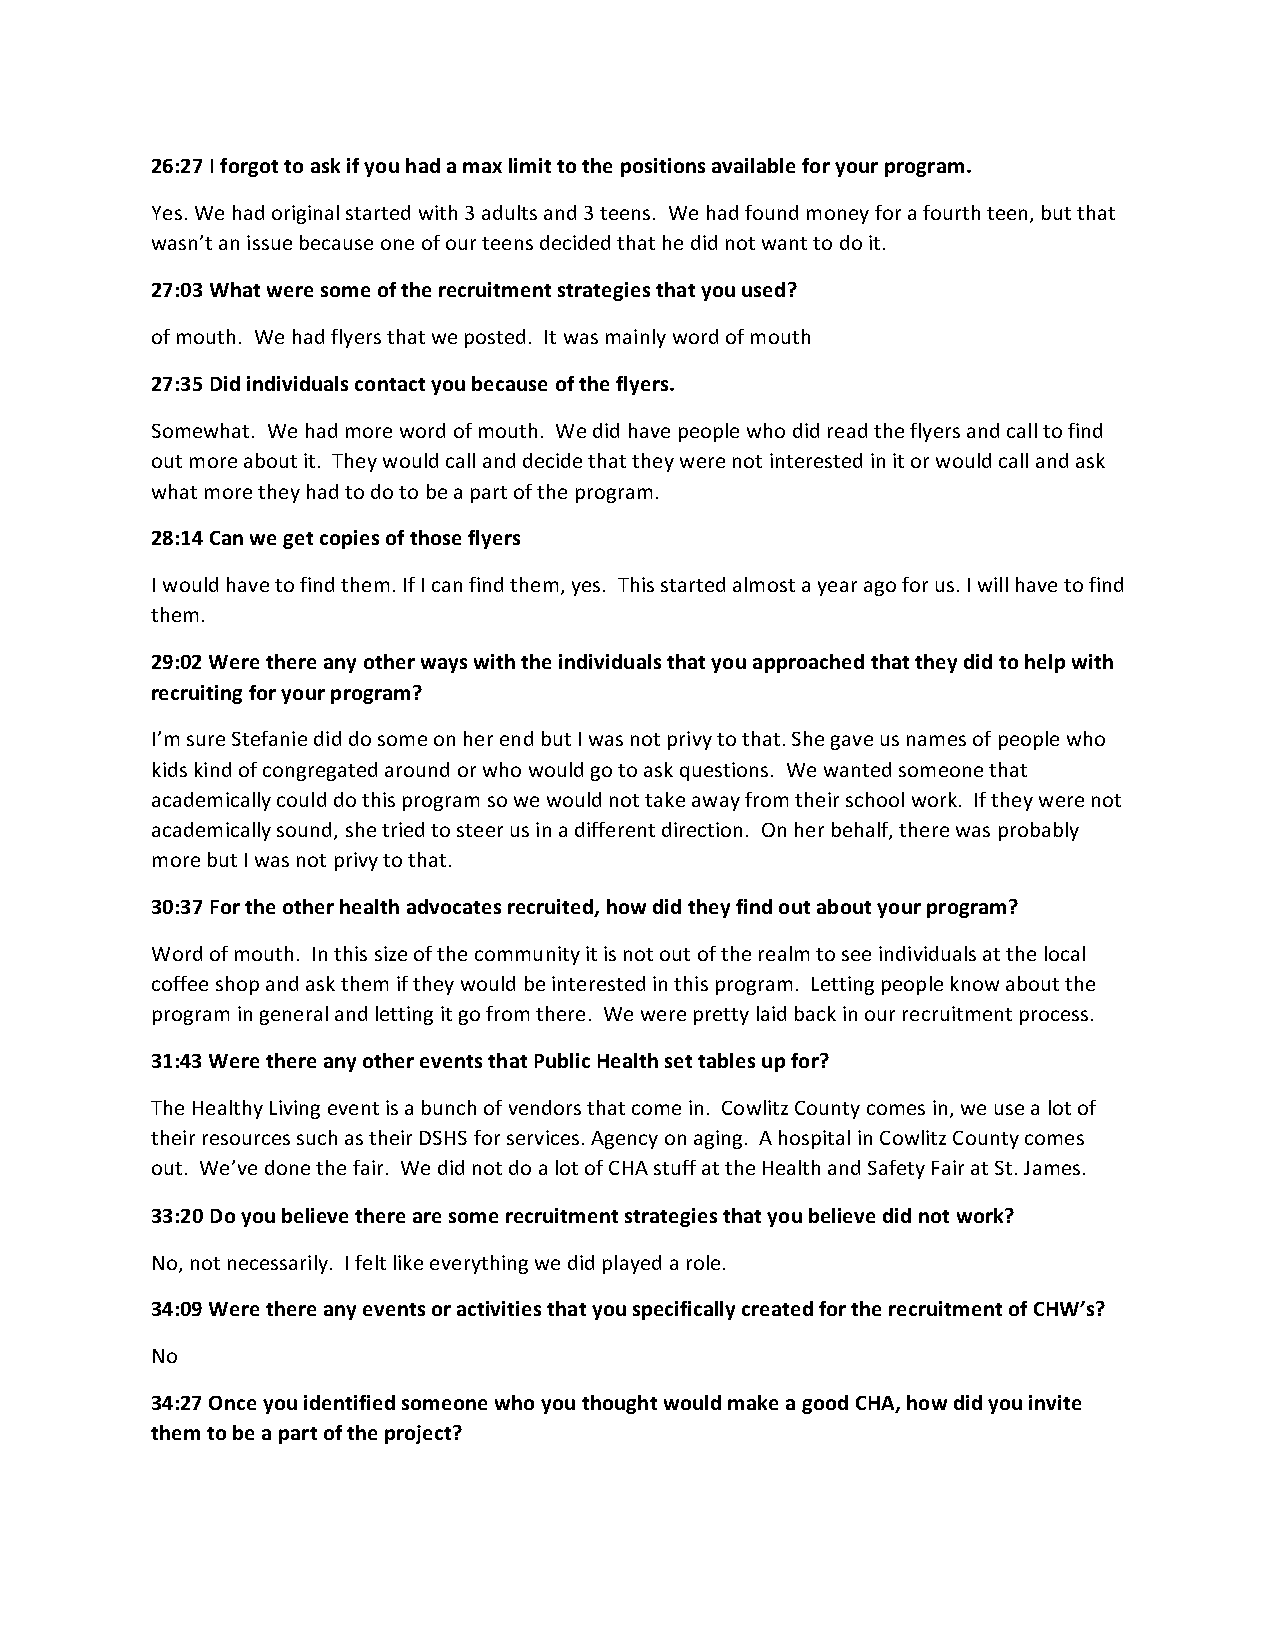
26:27 I forgot to ask if you had a max limit to the positions available for your program.
 Yes. We had original started with 3 adults and 3 teens. We had found money for a fourth teen, but that
 wasn’t an issue because one of our teens decided that he did not want to do it.
 27:03 What were some of the recruitment strategies that you used?
 of mouth. We had flyers that we posted. It was mainly word of mouth
 27:35 Did individuals contact you because of the flyers.
 Somewhat. We had more word of mouth. We did have people who did read the flyers and call to find
 out more about it. They would call and decide that they were not interested in it or would call and ask
 what more they had to do to be a part of the program.
 28:14 Can we get copies of those flyers
 I would have to find them. If I can find them, yes. This started almost a year ago for us. I will have to find
 them.
 29:02 Were there any other ways with the individuals that you approached that they did to help with
 recruiting for your program?
 I’m sure Stefanie did do some on her end but I was not privy to that. She gave us names of people who
 kids kind of congregated around or who would go to ask questions. We wanted someone that
 academically could do this program so we would not take away from their school work. If they were not
 academically sound, she tried to steer us in a different direction. On her behalf, there was probably
 more but I was not privy to that.
 30:37 For the other health advocates recruited, how did they find out about your program?
 Word of mouth. In this size of the community it is not out of the realm to see individuals at the local
 coffee shop and ask them if they would be interested in this program. Letting people know about the
 program in general and letting it go from there. We were pretty laid back in our recruitment process.
 31:43 Were there any other events that Public Health set tables up for?
 The Healthy Living event is a bunch of vendors that come in. Cowlitz County comes in, we use a lot of
 their resources such as their DSHS for services. Agency on aging. A hospital in Cowlitz County comes
 out. We’ve done the fair. We did not do a lot of CHA stuff at the Health and Safety Fair at St. James.
 33:20 Do you believe there are some recruitment strategies that you believe did not work?
 No, not necessarily. I felt like everything we did played a role.
 34:09 Were there any events or activities that you specifically created for the recruitment of CHW’s?
 No
 34:27 Once you identified someone who you thought would make a good CHA, how did you invite
 them to be a part of the project?